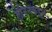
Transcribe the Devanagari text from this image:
लेनिनकडून